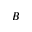
B